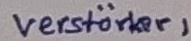
Text: Verstärker1